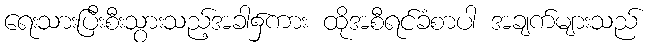
ရေးသားပြီးစီးသွားသည့်အခါ၌ကား ထိုအစီရင်ခံစာပါ အချက်များသည်